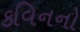
કવિનનો